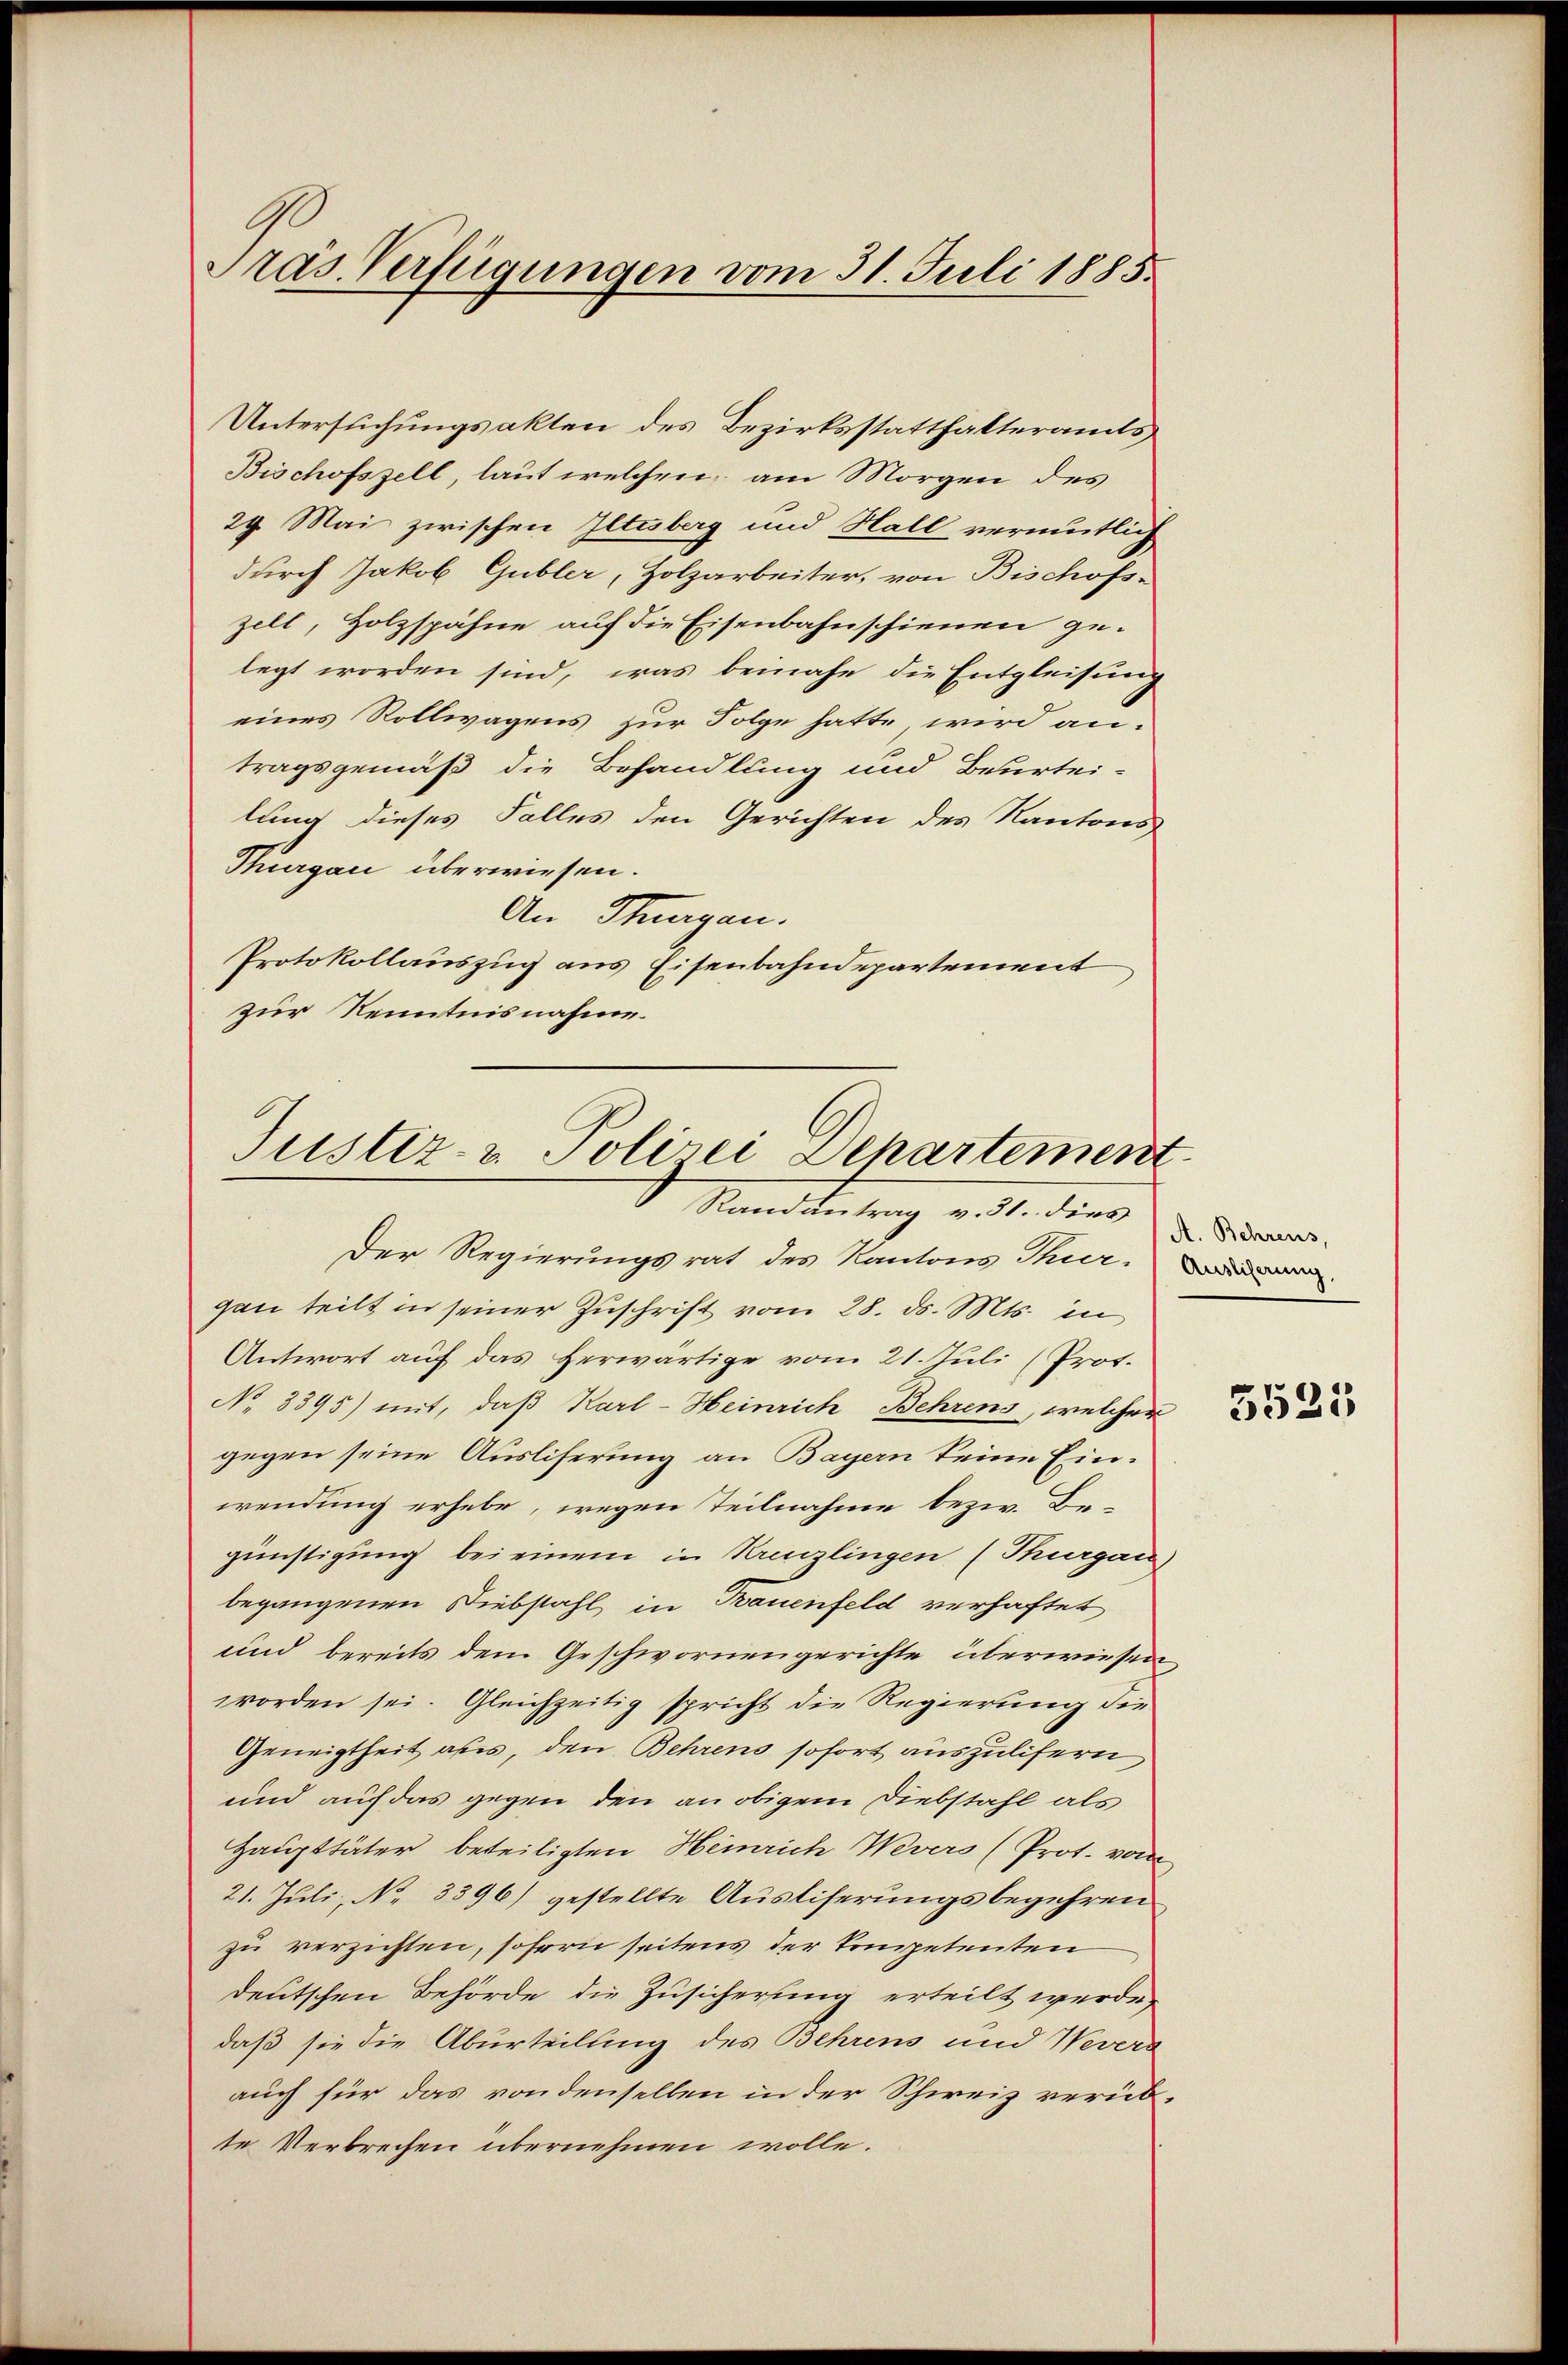
Präs. Verfügungen vom 31. Juli 1885.

Untersuchungsakten des Bezirksstatthalteramts
Bischofszell, laut welchen am Morgen des
29. Mai zwischen Iltesberg und Hall vermutlich
durch Jakob Gubler, Holzarbeiter, von Bischofs-
zelt, Holzspähne auf die Eisenbahnschienen ge-
legt worden sind, was beinahe die Entgleisung
eines Rollwagens zur Folge hatte, wird antragsgemäß die Behandlung und Beurtei-
lung dieses Falles den Gerichten des Kantons-
Surgau überwiesen.
An Stugen.
Protokollauszug aus Eisenbahndepartement
zur Kenntnisnahme.

Justiz- & Polizei Departement
Randantrag v. 31. dies

Der Regierungsrat des Kantons Thur.
gan teilt in seiner Zuschrift vom 28. ds. Mts. in
Antwort auf das Herwärtige vom 21. Juli (Prot.
No 3395) mit, daß Karl-Heinrich Behrens, welcher
gegen seine Ausliserung an Bayern keine Einwendung erhebe, wegen Teilnahme bezw. Begünstigung bei einem in Kreuzlingen (Thurgau
begangenen Diebstahl in Bauenfeld verhaftet
und bereits dem Geschwornengerichte überwiesen
worden sei. Gleichzeitig spricht die Regierung die
Geneigtheit aus, den Behrens sofort auszulifern
und auf das gegen den an obigem Diebstahl als
Haupttäter beteiligten Heinrich Wevers (Prot. von
21. Juli, No. 3396) gestellte Ausliferungsbegehren
zu verzichten, sofern seitens der kompetenten
deutschen Behörde die Zusicherung erteilt werde,
daß sie die Aburteilung des Behrens und Nevers
auch für das von denselben in der Schweiz verübte Verbrechen übernehmen wolle.

A. Behrens,

5525